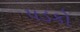
પડકો